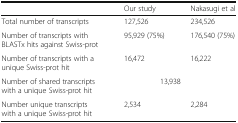
<table><thead><tr><td></td><td><b>Our study</b></td><td><b>Nakasugi et al</b></td></tr></thead><tbody><tr><td>Total number of transcripts</td><td>127,526</td><td>234,526</td></tr><tr><td>Number of transcripts with BLASTx hits against Swiss-prot</td><td>95,929 (75%)</td><td>176,540 (75%)</td></tr><tr><td>Number of transcripts with a unique Swiss-prot hit</td><td>16,472</td><td>16,222</td></tr><tr><td>Number of shared transcripts with a unique Swiss-prot hit</td><td colspan="2">13,938</td></tr><tr><td>Number unique transcripts with a unique Swiss-prot hit</td><td>2,534</td><td>2,284</td></tr></tbody></table>